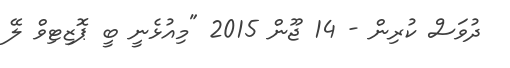
ދުވަސް ކުރިން - 14 ޖޫން 2015 "މިއުޅެނީ ބީ ޕޮޒިޓިވް ލޭ